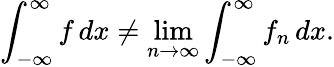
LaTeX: \int_{-\infty}^{\infty}f\, dx\neq\operatorname*{lim}_{n\to\infty}\int_{-\infty}^{\infty}f_{n}\, dx.